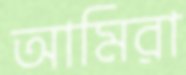
আমিরা